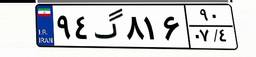
۷۳گ۲۴۹۵۷